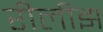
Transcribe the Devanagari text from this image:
रीलीझ